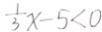
\frac { 1 } { 3 } x - 5 < 0